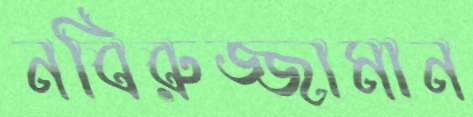
নবিরুজ্জামান